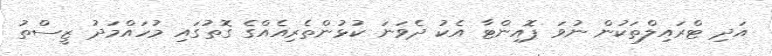
އަދި ޓްރައިލްތަކުން ނުވަ ޕޮއިންޓާ އެކު ދެވަނަ ކުޅުންތެރިއެއްގެ ގޮތުގައި މުހައްމަދު ޒީސްތު